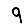
Digit: 9